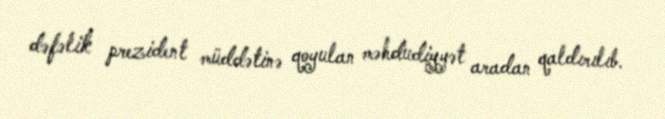
dəfəlik prezident müddətinə qoyulan məhdudiyyət aradan qaldırılıb.